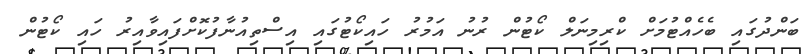
ބަންދުގައި ބެހެއްޓުމަށް ކްރިމިނަލް ކޯޓުން ރުނު އަމުރު ހައިކޯޓުގައި އިސްތިއުނާފުކޮށްފައިވާއިރު ހައި ކޯޓުން